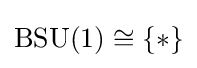
\operatorname {BSU} (1)\cong \{*\}